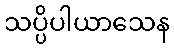
သပ္ပိပါယာသေန